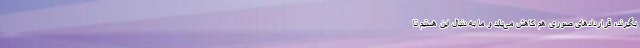
بگیرند، قراردادهای صوری هم کاهش می‌یابد و ما به دنبال این هستیم تا